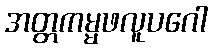
အတ္တကမ္မဖလူပဂေါ